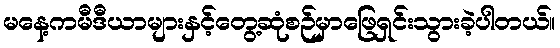
မနေ့ကမီဒီယာများနှင့်တွေ့ဆုံစဉ်မှာဖြေရှင်းသွားခဲ့ပါတယ်။